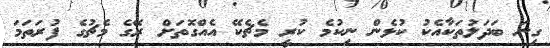
ގިނަ ބަދަލުތަކާއެކު ކުޅެން ނިކުމެ ކުރީ މެޗެކޭ އެއްގޮތަށް ރޭގެ މެޗުގެ ފުރަތަމަ